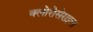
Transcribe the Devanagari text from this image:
क्लोरोसेराइल